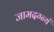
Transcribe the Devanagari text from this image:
जामदग्न्यं